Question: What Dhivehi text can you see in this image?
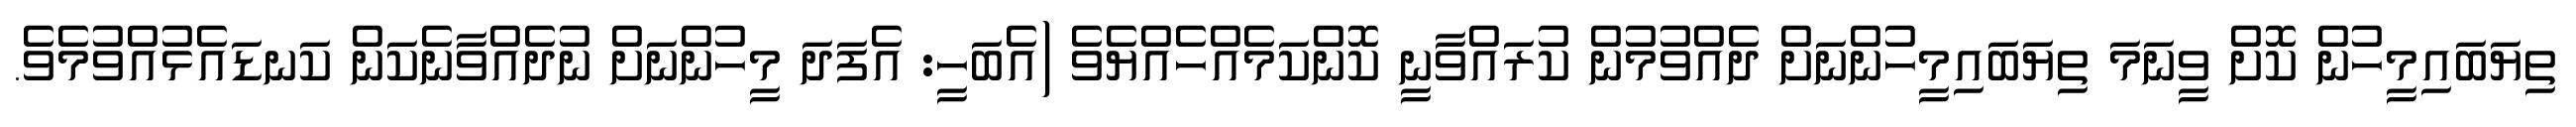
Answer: ތިޔަބައިމީހުން ކޮށް ވީނަމަ ތިޔަބައިމީހުންނަށް ދެއްވުމުން ކުރައްވާނީ ކޮންކަމެއްހެއްޔެވެ (އެބަހީ: އެފަދަ މީހުންނަށް ނުދެއްވާނެކަން ކަނޑައެޅުއްވުމެވެ.